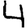
Digit: 4